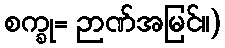
စက္ခု= ဉာဏ်အမြင်။)